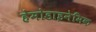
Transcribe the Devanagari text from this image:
हेमोडाइनेमिक